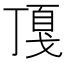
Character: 𢧖